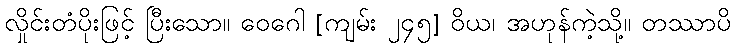
လှိုင်းတံပိုးဖြင့် ပြီးသော။ ဝေဂေါ [ကျမ်း ၂၄၅] ဝိယ၊ အဟုန်ကဲ့သို့။ တဿာပိ